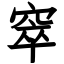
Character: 窣